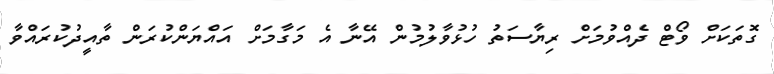
ގޮތަކަށް ވޯޓް ދެއްވުމަށް ރިޔާސަތު ހުޅުވާލުމުން އޭނާ އެ މަގާމަށް އައްޔަންކުރަން ތާއީދުކުރައްވާ